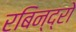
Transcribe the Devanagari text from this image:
रबिन्द्रो